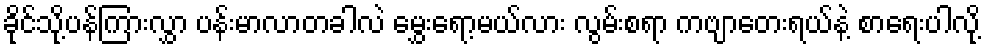
ခိုင်သို့ပန်ကြားလွှာ ပန်းမာလာတခါလဲ မွှေးရော့မယ်လား လွမ်းစရာ ကဗျာတေးရယ်နဲ့ စာရေးပါလို့